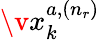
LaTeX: \v{x}_{k}^{a,(n_{r})}